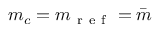
m _ { c } = m _ { \mathrm { ~ r ~ e ~ f ~ } } = \bar { m }